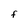
Character: F